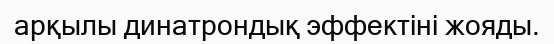
арқылы динатрондық эффектіні жояды.